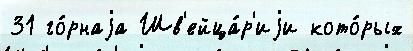
31 го́рнаjа Шв'ейца́р'иjи кото́рых